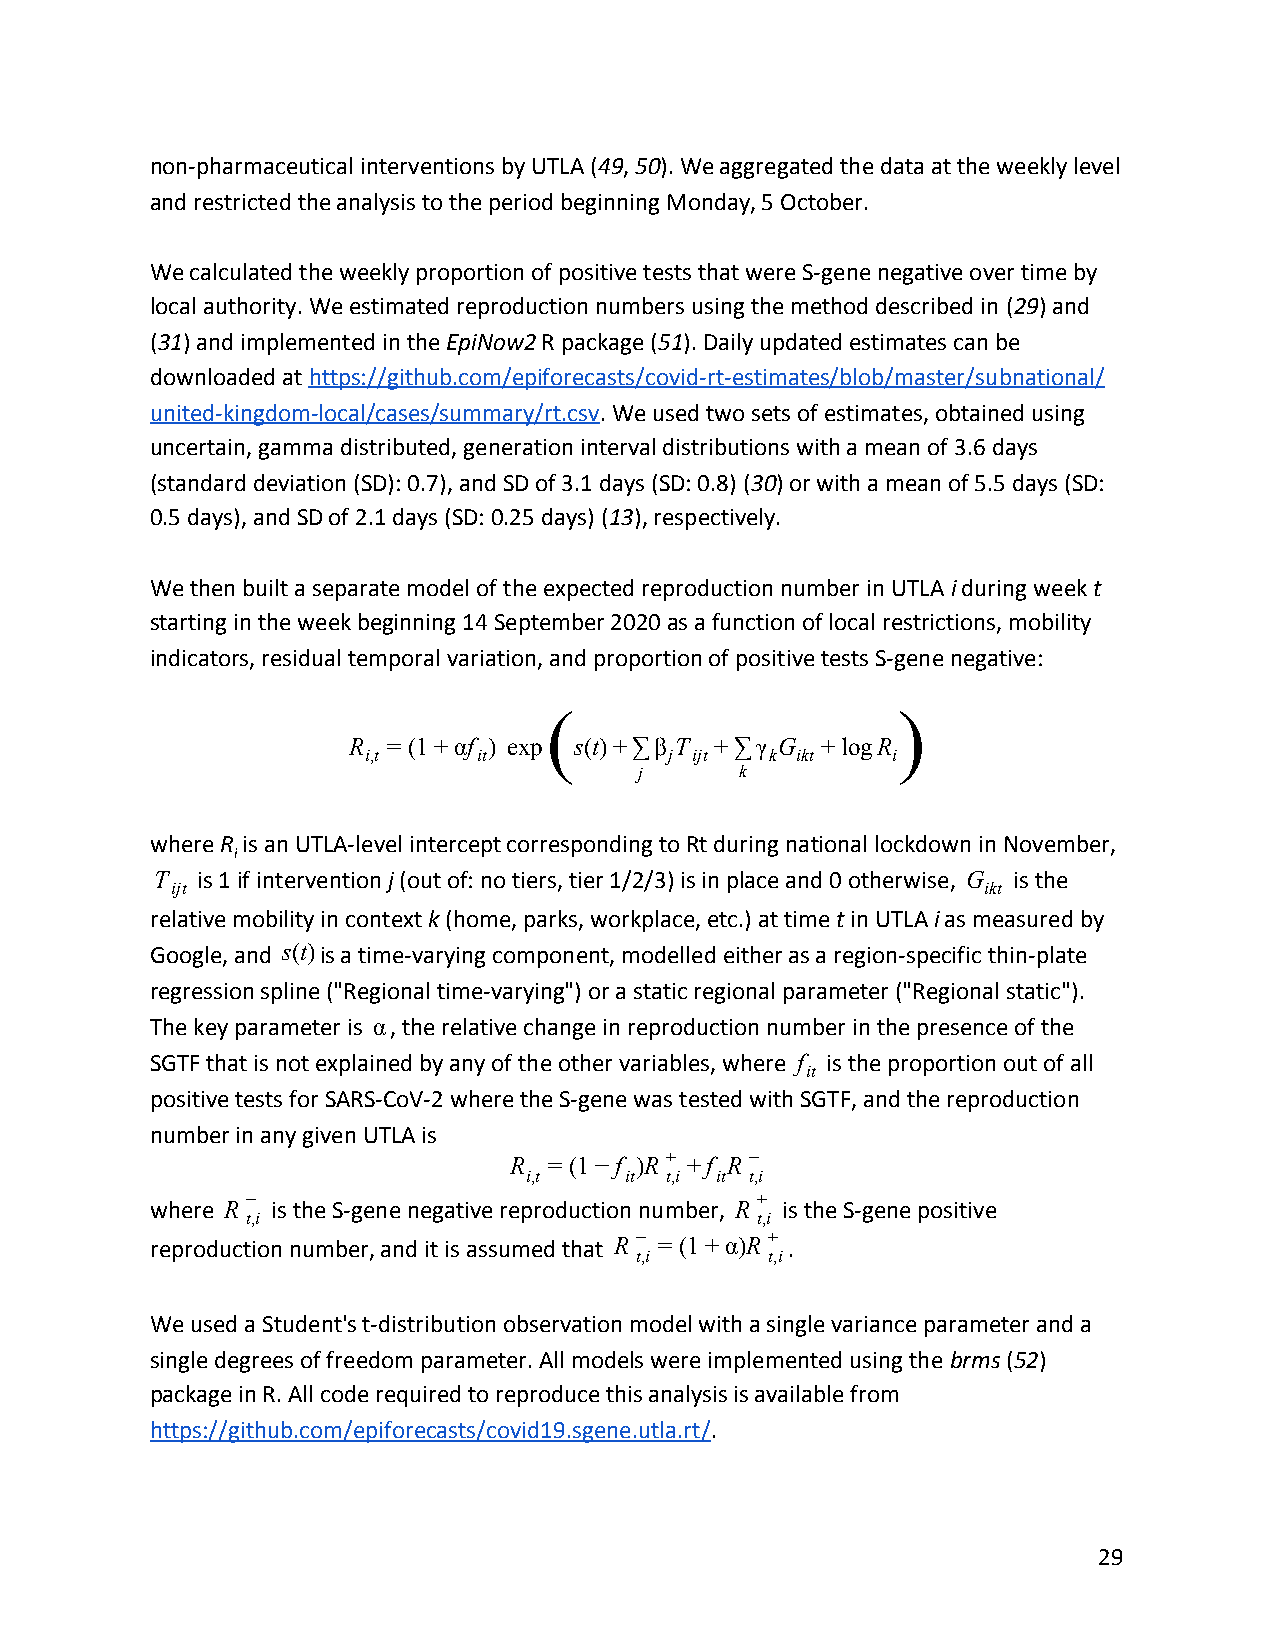
non-pharmaceutical interventions by UTLA (49, 50). We aggregated the data at the weekly level
 ​ ​ ​ ​ ​ ​
 and restricted the analysis to the period beginning Monday, 5 October.
 We calculated the weekly proportion of positive tests that were S-gene negative over time by
 local authority. We estimated reproduction numbers using the method described in (29) and
 ​ ​ ​ ​
 (31) and implemented in the EpiNow2 R package (51). Daily updated estimates can be
 ​ ​ ​               ​    ​       ​ ​ ​ ​
 downloaded at https://github.com/epiforecasts/covid-rt-estimates/blob/master/subnational/
 ​
 united-kingdom-local/cases/summary/rt.csv. We used two sets of estimates, obtained using
 ​
 uncertain, gamma distributed, generation interval distributions with a mean of 3.6 days
 (standard deviation (SD): 0.7), and SD of 3.1 days (SD: 0.8) (30) or with a mean of 5.5 days (SD:
 ​ ​ ​ ​
 0.5 days), and SD of 2.1 days (SD: 0.25 days) (13), respectively.
 ​ ​ ​ ​
 We then built a separate model of the expected reproduction number in UTLA i during week t
 ​​       ​
 starting in the week beginning 14 September 2020 as a function of local restrictions, mobility
 indicators, residual temporal variation, and proportion of positive tests S-gene negative:
 (                      )
 R  = (1+αf ) exp s(t)+∑β T +∑γ G +logR
 i,t     it          j ijt  k ikt   i
 j      k
 where R is an UTLA-level intercept corresponding to Rt during national lockdown in November,
 ​ ​i
 ​
 T  is 1 if intervention j (out of: no tiers, tier 1/2/3) is in place and 0 otherwise, G is the
 ijt            ​​                                     ikt
 relative mobility in context k (home, parks, workplace, etc.) at time t in UTLA i as measured by
 ​ ​                        ​​     ​​
 Google, and s(t) is a time-varying component, modelled either as a region-specific thin-plate
 regression spline ("Regional time-varying") or a static regional parameter ("Regional static").
 The key parameter is α, the relative change in reproduction number in the presence of the
 SGTF that is not explained by any of the other variables, where f is the proportion out of all
 it
 positive tests for SARS-CoV-2 where the S-gene was tested with SGTF, and the reproduction
 number in any given UTLA is
 R = (1−f )R + +f R −
 i,t   it t,i it t,i
 −                                 +
 where R is the S-gene negative reproduction number, R is the S-gene positive
 t,i                               t,i
 reproduction number, and it is assumed that R − = (1+α)R + .
 t,i      t,i
 We used a Student's t-distribution observation model with a single variance parameter and a
 single degrees of freedom parameter. All models were implemented using the brms (52)
 ​  ​​ ​ ​
 package in R. All code required to reproduce this analysis is available from
 https://github.com/epiforecasts/covid19.sgene.utla.rt/.
 ​
 29